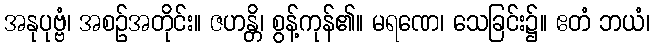
အနုပုဗ္ဗံ၊ အစဉ်အတိုင်း။ ဇဟန္တိ၊ စွန့်ကုန်၏။ မရဏေ၊ သေခြင်း၌။ ဧတံ ဘယံ၊